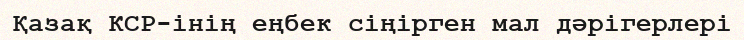
Қазақ КСР-інің еңбек сіңірген мал дәрігерлері